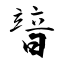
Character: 暜